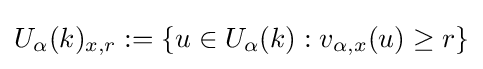
U_{\alpha }(k)_{x,r}:=\{u\in U_{\alpha }(k):v_{\alpha ,x}(u)\geq r\}